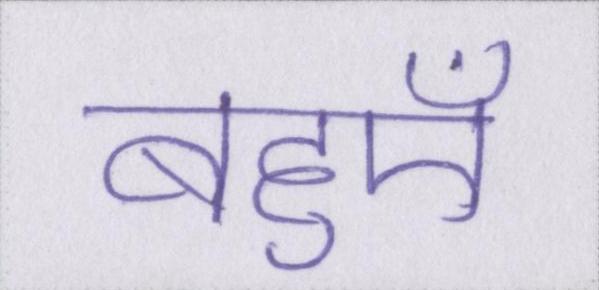
बहुएँ